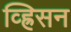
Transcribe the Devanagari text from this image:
व्ह्रिसन